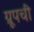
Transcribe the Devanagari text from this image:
ग्रूपची